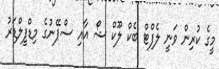
މީގެ ކުރިން ވަނީ ލެފްޓް ބެކް ލޫކް ޝޯ އާއި ސްޕޭނުގެ މިޑްފީލްޑަރު